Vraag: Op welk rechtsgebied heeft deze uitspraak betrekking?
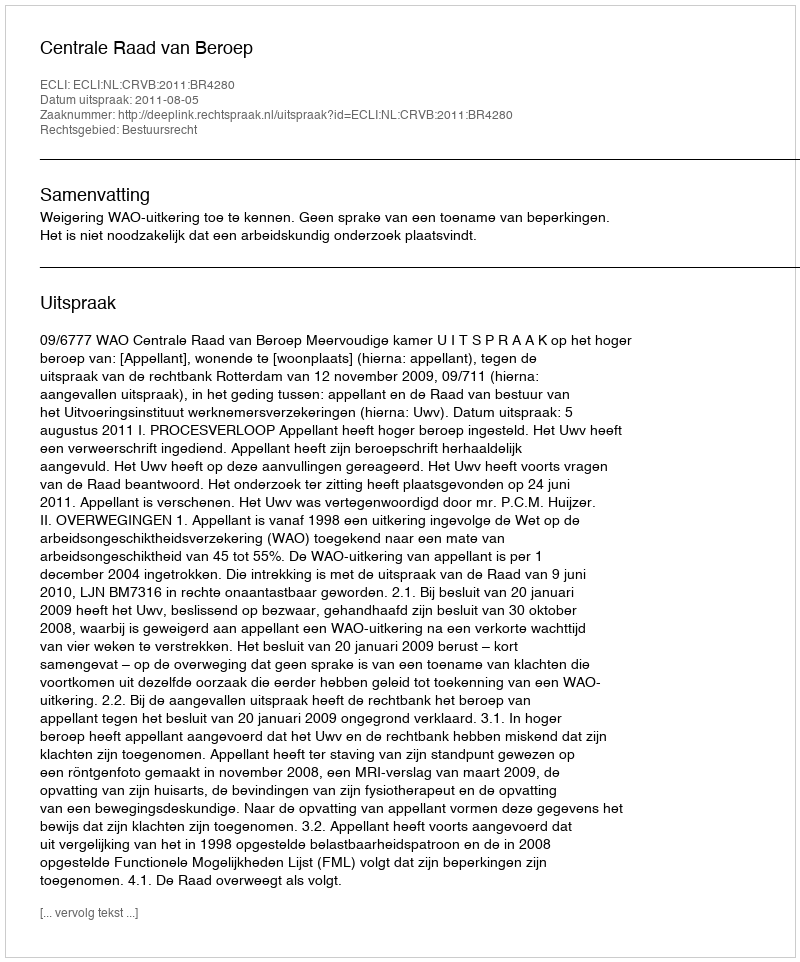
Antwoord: Bestuursrecht